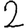
Digit: 2